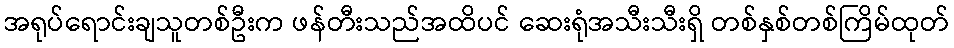
အရုပ်ရောင်းချသူတစ်ဦးက ဖန်တီးသည်အထိပင် ဆေးရုံအသီးသီးရှိ တစ်နှစ်တစ်ကြိမ်ထုတ်